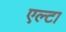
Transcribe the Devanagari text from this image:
एल्टा